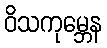
ဝိသကုမ္ဘေန